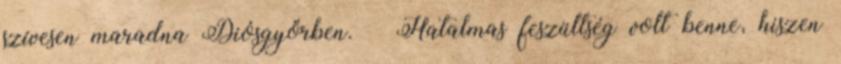
szívesen maradna Diósgyőrben. – Hatalmas feszültség volt benne, hiszen